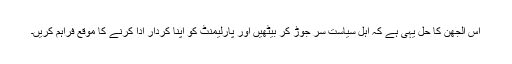
اس الجھن کا حل یہی ہے کہ اہل سیاست سر جوڑ کر بیٹھیں اور پارلیمنٹ کو اپنا کردار ادا کرنے کا موقع فراہم کریں۔